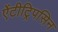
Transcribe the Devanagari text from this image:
ऐंटीट्रिपसिन